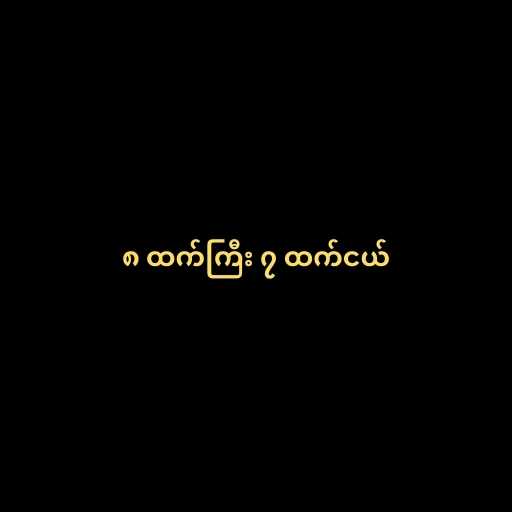
၈ ထက်ကြီး ၇ ထက်ငယ်